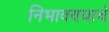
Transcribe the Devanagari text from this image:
निभावण्याचे